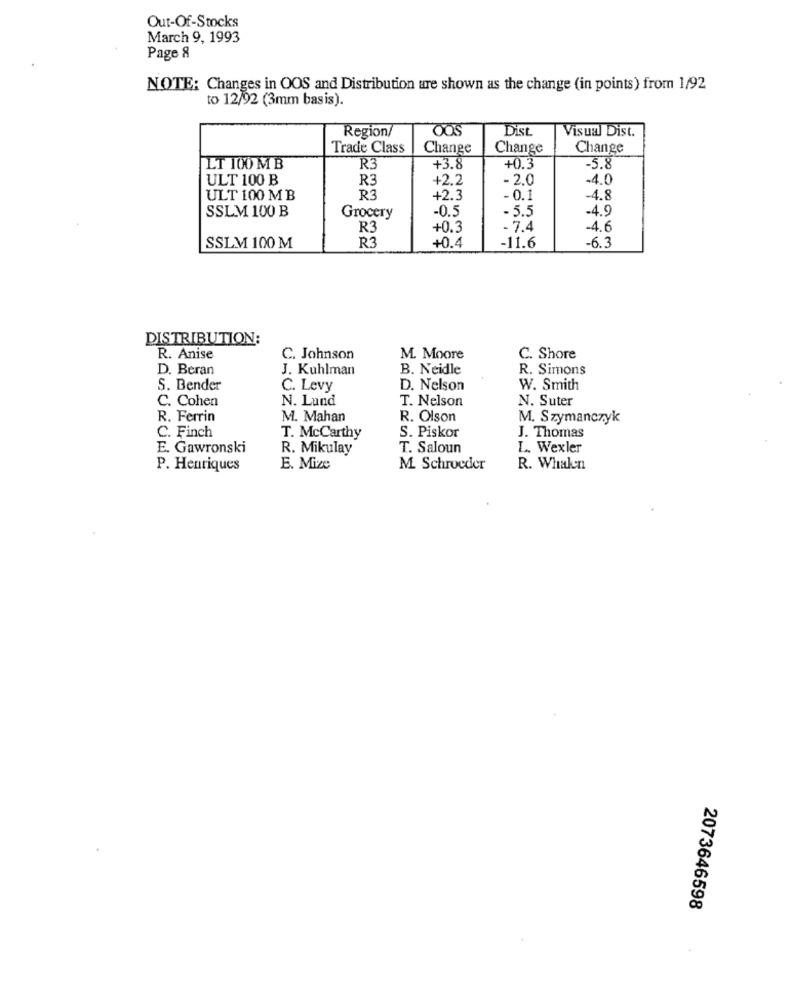
Out-Of-Stocks
March 9, 1993
Page 8
NOTE: Changes in OOS and Distribution are shown as the change (in points) from 1/92
to 12/92 (3mm basis).
OOS
Dist
Visual Dist.
Region
Trade Class
Change
Change
Change
LT 100 MB
R3
+3.8
+0.3
-5.8
ULT 100 B
R3
+2.2
- 2.0
.4.0
ULT 100 M B
R3
+2.3
- 0.1
-4.8
SSLM 100 B
-0.5
- 5.5
.4.9
Grocery
R3
+0.3
- 7.4
-4.6
R3
-6.3
SSLM 100 M
+0.4
-11.6
DISTRIBUTION:
R. Anise
C. Johnson
M. Moore
C. Shore
D. Beran
J. Kuhlman
B. Neidle
R. Simons
S. Bender
C. Levy
D. Nelson
W. Smith
C. Cohen
N. Lund
T. Nelson
N. Suter
R. Ferrin
M. Mahan
R. Olson
M. Szymanczyk
S. Piskor
C. Finch
T. McCarthy
J. Thomas
E. Gawronski
R. Mikulay
T. Saloun
L. Wexler
P. Henriques
E. Mize
M. Schroeder
R. Whalen
2073646598